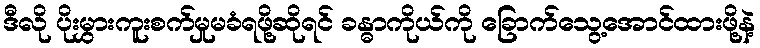
ဒီလို ပိုးမွှားကူးစက်မှုမခံရဖို့ဆိုရင် ခန္ဓာကိုယ်ကို ခြောက်သွေ့အောင်ထားဖို့နဲ့